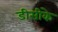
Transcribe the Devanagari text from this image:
डीसीके